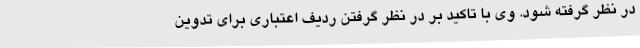
در نظر گرفته شود. وی با تاکید بر در نظر گرفتن ردیف اعتباری برای تدوین